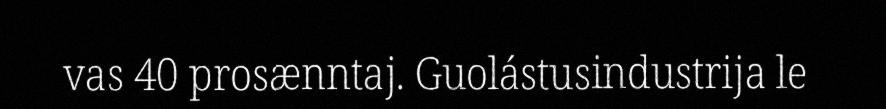
vas 40 prosænntaj. Guolástusindustrija le